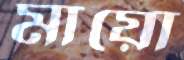
মায়ো